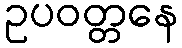
ဥပဝတ္တနေ